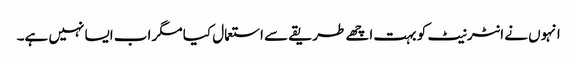
انہوں نے انٹرنیٹ کو بہت اچھے طریقے سے استعمال کیا مگر اب ایسا نہیں ہے۔